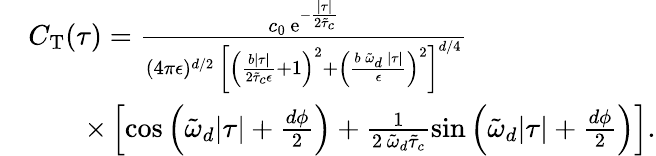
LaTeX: \begin{array}{rl}&{C_{\mathrm{T}}(\tau)=\frac{c_{0}\, \mathrm{e}^{-\frac{\lvert\tau\rvert}{2\tilde{\tau}_{c}}}}{(4\pi\epsilon)^{d/2}\, \left[\left(\frac{b\lvert\tau\rvert}{2\tilde{\tau}_{c}\epsilon}+1\right)^{2}+\left(\frac{b\, \tilde{\omega}_{d}\, \lvert\tau\rvert}{\epsilon}\right)^{2}\right]^{d/4}}\, }\\ &{\quad\quad\times\left[\cos\left(\tilde{\omega}_{d}\lvert\tau\rvert+\frac{d\phi}{2}\right)+\frac{1}{2\, \tilde{\omega}_{d}\tilde{\tau}_{c}}\sin\left(\tilde{\omega}_{d}\lvert\tau\rvert+\frac{d\phi}{2}\right)\right].}\end{array}